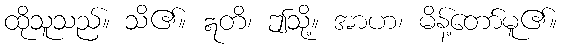
ထိုသူသည်။ သိ၏။ ဣတိ၊ ဤသို့။ အာဟ၊ မိန့်တော်မူ၏။